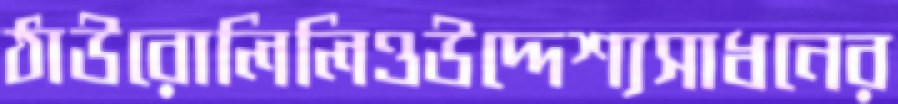
ঠাউরোলিলিওউদ্দেশ্যসাধনের